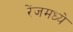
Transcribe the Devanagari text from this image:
रेंजमध्ये